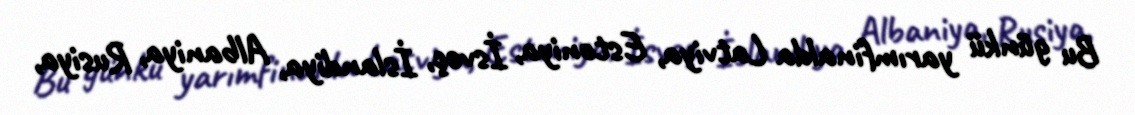
Bu günkü yarımfinalda Latviya, Estoniya, İsveç, İslandiya, Albaniya, Rusiya,